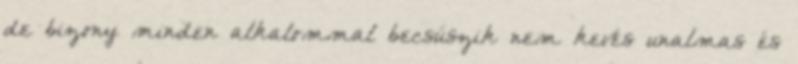
de bizony minden alkalommal becsúszik nem kevés unalmas és